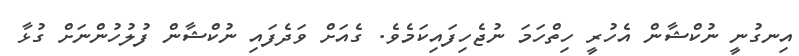
އިނގުނީ ނުކްޝާން އެހުރީ ހިތްހަމަ ނުޖެހިފައިކަމެވެ. ގެއަށް ވަދެފައި ނުކްޝާން ފުލުހުންނަށް ގުޅާ